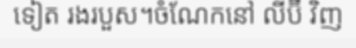
ទៀត រងរបួស។ចំណែកនៅ លីប៊ី វិញ